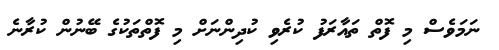
ނަމަވެސް މި ފޮތް ތައާރަފު ކުރެވި ކުދިންނަށް މި ފޮތްތަކުގެ ބޭނުން ކުރާނެ